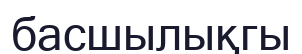
басшылықгы